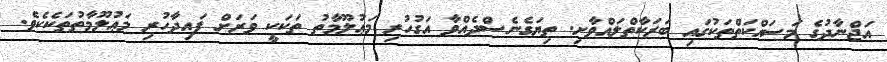
އަޖްނާދުގެ މަސައްކަތްތަކުގައި ބަރަކާތްލައްވާށި. ތިޔަގެނެސްދެއްވާ އަގުހުރި މަޢުލޫމާތު ތަކަކީ ވަރަށް ފައިދާހުރި މަޢުލޫމާތުތަކެކެވެ.